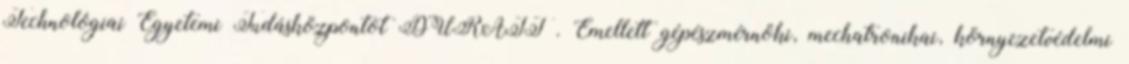
Technológiai Egyetemi Tudásközpontot DURATT . Emellett gépészmérnöki, mechatronikai, környezetvédelmi